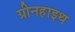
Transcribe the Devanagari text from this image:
ग्रीनहाइथ